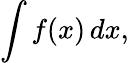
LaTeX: \int f(x)\, dx,